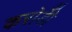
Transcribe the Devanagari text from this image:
करोडोँ